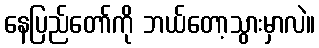
နေပြည်တော်ကို ဘယ်တော့သွားမှာလဲ။